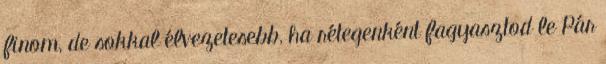
finom, de sokkal élvezetesebb, ha rétegenként fagyasztod le Pár